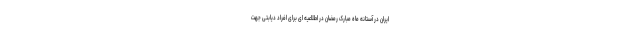
ایران در آستانه ماه مبارک رمضان در اطلاعیه ای برای افراد دیابتی جهت